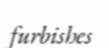
furbishes